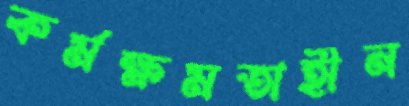
কর্মক্ষমতাহীন